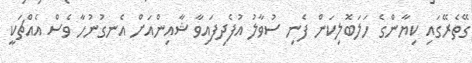
ގޭތެރޭގައި ކިޔާންގެ ހަލަބޮލިކަން ފެނި ސުވާލު އުފެދިފައިވާ ޝާއިންއަށް އެނގުނުހާ ވެސް އެއްޗަކީ